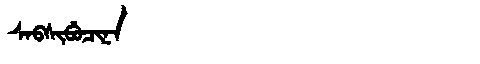
Manchu: ᠰᠠᠪᠰᡳᠪᡠᠴᡳᠨᠠ
Romanization: SABSIBUCINA